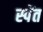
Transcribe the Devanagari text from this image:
स्पेंत